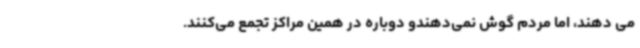
می دهند، اما مردم گوش نمی‌دهندو دوباره در همین مراکز تجمع می‌کنند.